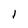
Character: l